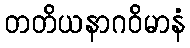
တတိယနာဂဝိမာနံ